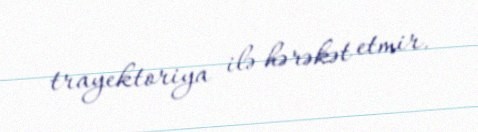
trayektoriya ilə hərəkət etmir.